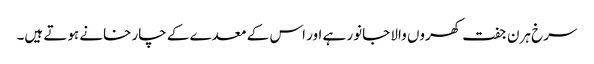
سرخ ہرن جفت کھروں والا جانور ہے اور اس کے معدے کے چار خانے ہوتے ہیں۔